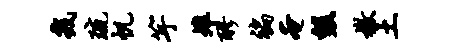
几琉帆竽雉醪褊奄毁檄土